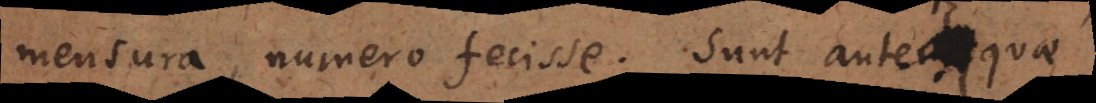
mensura, numero fecisse. Sunt autem quae